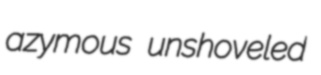
azymous unshoveled